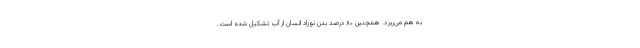
به هم می‌ریزد. همچنین ۸۰ درصد بدن نوزاد انسان از آب تشکیل شده است.